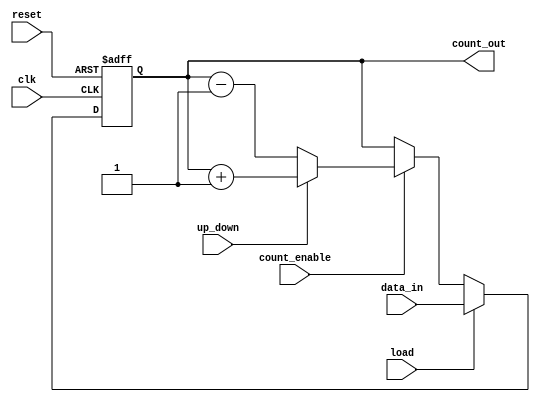
module synchronous_load_counter (
    input wire clk,              // Clock input
    input wire reset,            // Asynchronous reset
    input wire load,             // Load control signal
    input wire [N-1:0] data_in,  // Input data bus for loading
    input wire count_enable,      // Count enable control signal
    input wire up_down,          // Control signal for counting direction (1 for up, 0 for down)
    output reg [N-1:0] count_out // Output bus for current count value
);
    parameter N = 8; // Size of the counter (8 bits by default)

    // Asynchronous reset and synchronous operation
    always @(posedge clk or posedge reset) begin
        if (reset) begin
            count_out <= 0; // Reset the counter to zero
        end else if (load) begin
            count_out <= data_in; // Load the new value
        end else if (count_enable) begin
            if (up_down) begin
                count_out <= count_out + 1; // Increment the count
            end else begin
                count_out <= count_out - 1; // Decrement the count
            end
        end
    end
endmodule